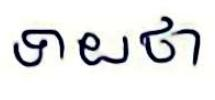
ទាយថា